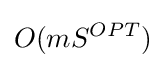
O(mS^{OPT})